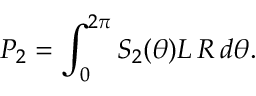
P _ { 2 } = \int _ { 0 } ^ { 2 \pi } S _ { 2 } ( \theta ) L \, R \, d \theta .